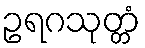
ဥရဂသုတ္တံ